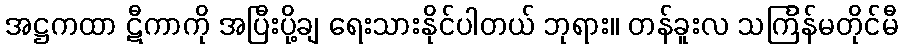
အဋ္ဌကထာ ဋီကာကို အပြီးပို့ချ ရေးသားနိုင်ပါတယ် ဘုရား။ တန်ခူးလ သင်္ကြန်မတိုင်မီ